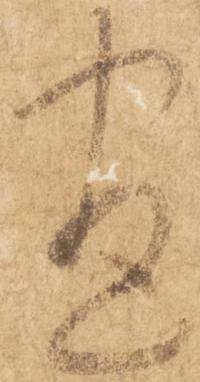
尽